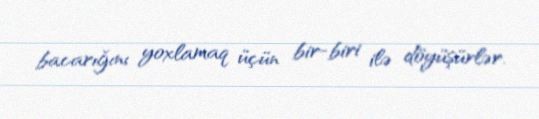
bacarığını yoxlamaq üçün bir-biri ilə döyüşürlər.